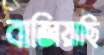
বাজিয়াছি